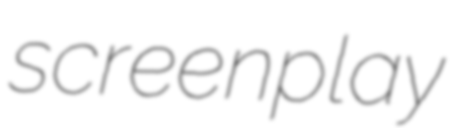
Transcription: screenplay